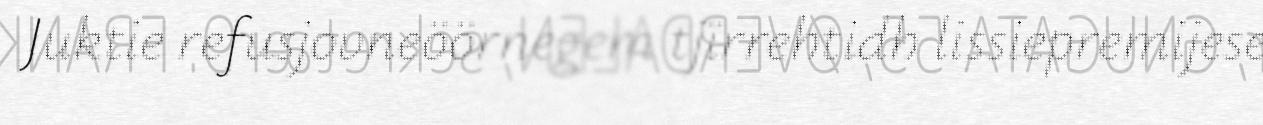
Juktie refusjovneöörnegem tjïrrehtidh lissiepremijese